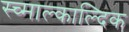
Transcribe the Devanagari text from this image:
स्च्माल्काल्दिक